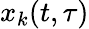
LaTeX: x_{k}(t,\tau)